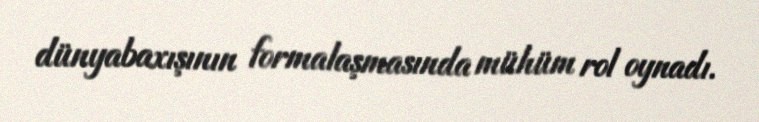
dünyabaxışının formalaşmasında mühüm rol oynadı.